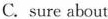
C. sure about